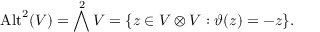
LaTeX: { \mathrm { A l t } } ^ { 2 } ( V ) = \bigwedge ^ { 2 } V = \{ z \in V \otimes V : \vartheta ( z ) = - z \} .